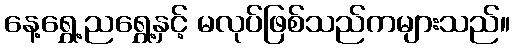
နေ့ရွှေ့ညရွှေ့နှင့် မလုပ်ဖြစ်သည်ကများသည်။